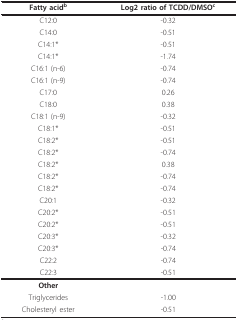
| Fatty acidb | Log2 ratio of TCDD/DMSOc |
 | --- | --- |
 | C12:0 | -0.32 |
 | C14:0 | -0.51 |
 | C14:1* | -0.51 |
 | C14:1* | -1.74 |
 | C16:1 (n-6) | -0.74 |
 | C16:1 (n-9) | -0.74 |
 | C17:0 | 0.26 |
 | C18:0 | 0.38 |
 | C18:1 (n-9) | -0.32 |
 | C18:1* | -0.51 |
 | C18:2* | -0.51 |
 | C18:2* | -0.74 |
 | C18:2* | 0.38 |
 | C18:2* | -0.74 |
 | C18:2* | -0.74 |
 | C20:1 | -0.32 |
 | C20:2* | -0.51 |
 | C20:2* | -0.51 |
 | C20:3* | -0.32 |
 | C20:3* | -0.74 |
 | C22:2 | -0.74 |
 | C22:3 | -0.51 |
 | Other |  |
 | Triglycerides | -1.00 |
 | Cholesteryl ester | -0.51 |